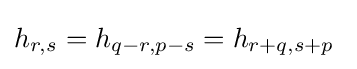
h_{r,s}=h_{q-r,p-s}=h_{r+q,s+p}\